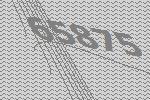
65875